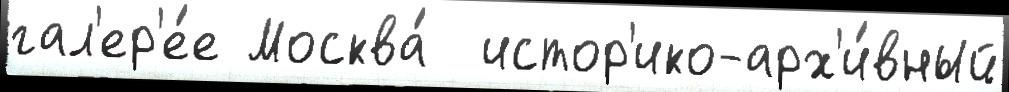
гал'ер'е́е Москва́  истор'ико-арх'и́вный